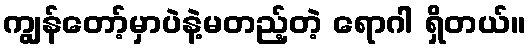
ကျွန်တော့်မှာပဲနဲ့မတည့်တဲ့ ရောဂါ ရှိတယ်။